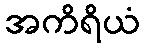
အကိရိယံ